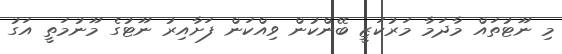
މި ނޫޓުތައް މާދަމާ މަރުކަޒީ ބޭންކުން ވިއްކަން ފަށާއިރު ނޫޓުގެ މޫނުމަތީ އަގު